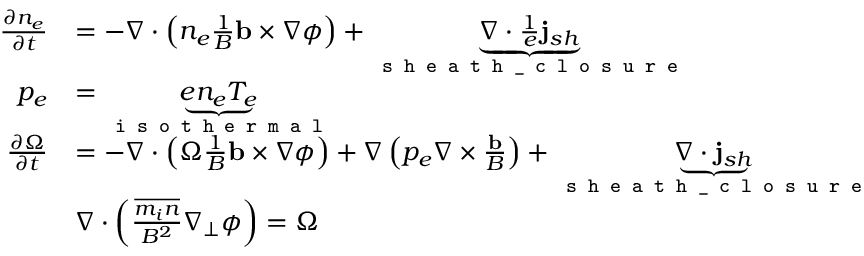
\begin{array} { r l } { \frac { \partial n _ { e } } { \partial t } } & { = - \nabla \cdot \left( n _ { e } \frac { 1 } { B } \mathbf { b } \times \nabla \phi \right) + \underbrace { \nabla \cdot { \frac { 1 } { e } \mathbf { j } _ { s h } } } _ { \texttt { s h e a t h \_ c l o s u r e } } } \\ { p _ { e } } & { = \underbrace { e n _ { e } T _ { e } } _ { \texttt { i s o t h e r m a l } } } \\ { \frac { \partial \Omega } { \partial t } } & { = - \nabla \cdot \left( \Omega \frac { 1 } { B } \mathbf { b } \times \nabla \phi \right) + \nabla \left( p _ { e } \nabla \times \frac { \mathbf { b } } { B } \right) + \underbrace { \nabla \cdot \mathbf { j } _ { s h } } _ { \texttt { s h e a t h \_ c l o s u r e } } } \\ & { \nabla \cdot \left( \frac { \overline { { m _ { i } n } } } { B ^ { 2 } } \nabla _ { \perp } \phi \right) = \Omega } \end{array}